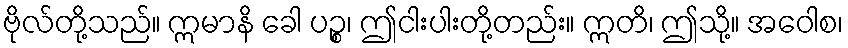
ဗိုလ်တို့သည်။ ဣမာနိ ခေါ ပဉ္စ၊ ဤငါးပါးတို့တည်း။ ဣတိ၊ ဤသို့။ အဝေါစ၊